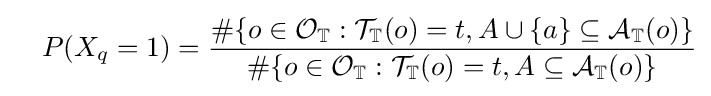
\quad P(X_{q}=1)={\frac {\#\{o\in {\mathcal {O}}_{\mathbb {T} }:{\mathcal {T}}_{\mathbb {T} }(o)=t,A\cup \{a\}\subseteq {\mathcal {A}}_{\mathbb {T} }(o)\}}{\#\{o\in {\mathcal {O}}_{\mathbb {T} }:{\mathcal {T}}_{\mathbb {T} }(o)=t,A\subseteq {\mathcal {A}}_{\mathbb {T} }(o)\}}}